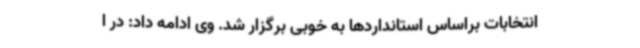
انتخابات براساس استانداردها به خوبی برگزار شد. وی ادامه داد: در ا